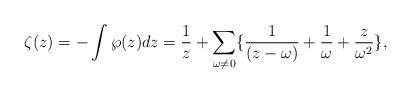
LaTeX: \begin{align*}\zeta(z) =-\int\wp(z)dz = \frac{1}{z} +\sum_{\omega\neq 0} \{ \frac{1}{(z-\omega)}+\frac{1}{\omega}+\frac{z}{\omega^2} \},\end{align*}